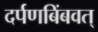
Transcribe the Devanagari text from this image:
दर्पणबिंबवत्